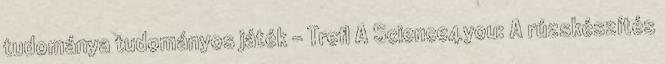
tudománya tudományos játék - Trefl A Science4you: A rúzskészítés